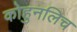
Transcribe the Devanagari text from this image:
कोहुनलिच